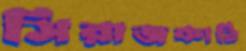
সিরাজকাঠি